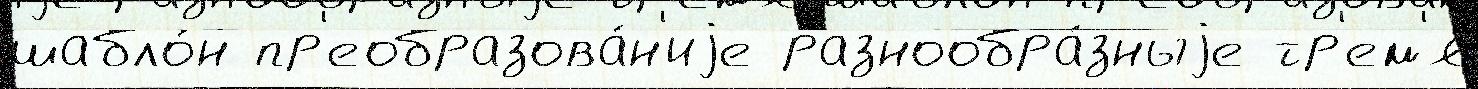
шабло́н пр'еобразова́н'иjе разнообра́зныjе тр'ем'я́